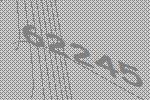
62245